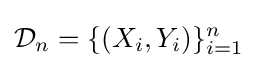
{\mathcal {D}}_{n}=\{(X_{i},Y_{i})\}_{i=1}^{n}